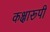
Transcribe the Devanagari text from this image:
कक्षारूपी